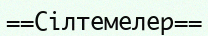
==Сілтемелер==